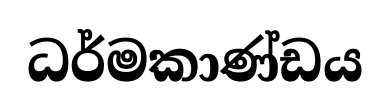
ධර්මකාණ්ඩය